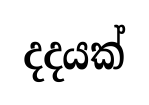
දදයක්